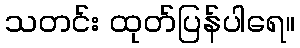
သတင်း ထုတ်ပြန်ပါရေ။